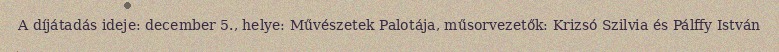
A díjátadás ideje: december 5., helye: Művészetek Palotája, műsorvezetők: Krizsó Szilvia és Pálffy István